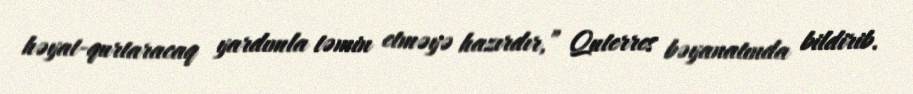
həyat-qurtaracaq yardımla təmin etməyə hazırdır,” Quterres bəyanatında bildirib.